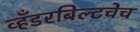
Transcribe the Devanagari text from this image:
व्हँडरबिल्टचेच